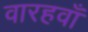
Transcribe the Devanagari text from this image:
वारहवाँ